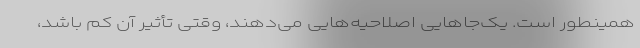
همینطور است. یک‌جاهایی اصلاحیه‌هایی می‌دهند، وقتی تأثیر آن‌ کم باشد،